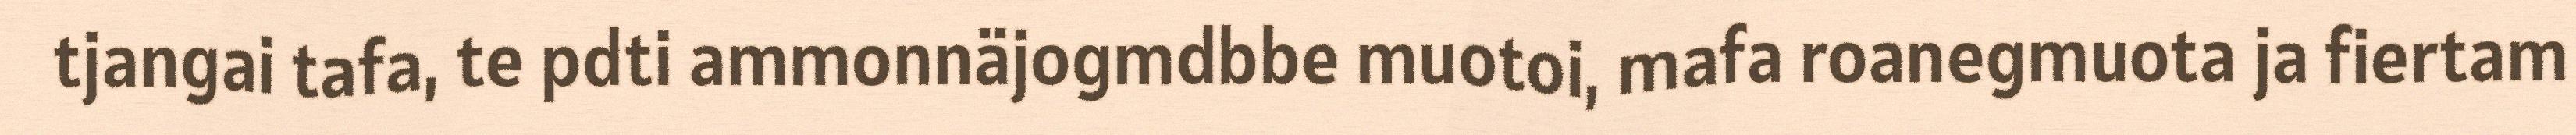
tjangai tafa, te pdti ammonnäjogmdbbe muotoi, mafa roanegmuota ja fiertam